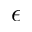
\epsilon